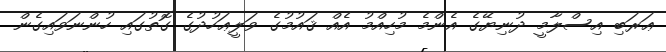
ޢަރަބި އިސްލާމީ ދުނިޔޭގެ އެންމެ މުހިއްމު އެއް ޤައުމުގެ ވަލީޢަހުދުގެ ގޮތުގައި ހުންނަވައިގެން